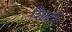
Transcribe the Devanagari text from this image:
शिळी